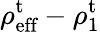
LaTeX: \rho_{\textrm{eff}}^{\textrm{t}}-\rho_{1}^{\textrm{t}}